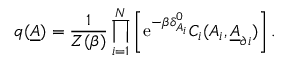
q ( \underline { { A } } ) = \frac { 1 } { Z ( \beta ) } \prod _ { i = 1 } ^ { N } \left[ \mathrm { e } ^ { - \beta \delta _ { A _ { i } } ^ { 0 } } C _ { i } ( A _ { i } , \underline { { A } } _ { \partial i } ) \right] .